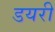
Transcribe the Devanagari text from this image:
डयरी